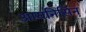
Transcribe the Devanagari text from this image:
आयनिसिन